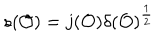
s ( { \cal O } ) = j ( { \cal O } ) \delta ( { \cal O } ) ^ { \frac { 1 } { 2 } }